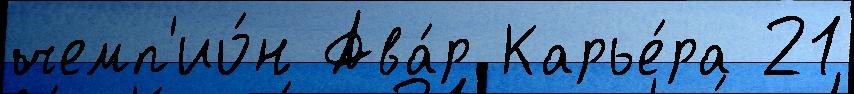
чемп'ио́н Ава́р Карье́ра 21